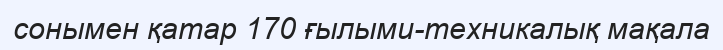
сонымен қатар 170 ғылыми-техникалық мақала